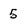
Character: 5